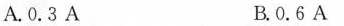
A.0.3A B.0.6A